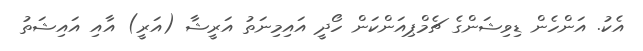
އެކު. އަންހެން ޑިވިޝަންގެ ޗެމްޕިއަންކަން ހޯދީ އައިމިނަތު އަރީޝާ (އަރީ) އާއި އައިޝަތު